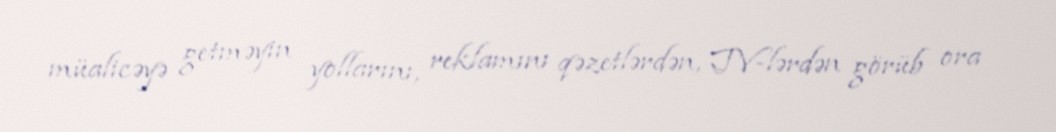
müalicəyə getməyin yollarını, reklamını qəzetlərdən, TV-lərdən görüb ora